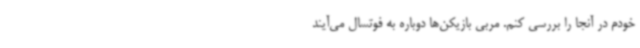
خودم در آنجا را بررسی کنم. مربی بازیکن‌ها دوباره به فوتسال می‌آیند